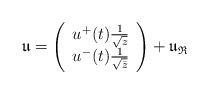
LaTeX: \begin{align*}\mathfrak{u}=\left( \begin{array}{c}u^+(t)\frac{1}{\sqrt{z}}\\u^-(t)\frac{1}{\sqrt{\bar{z}}}\end{array} \right)+\mathfrak{u}_{\mathfrak{R}}\end{align*}